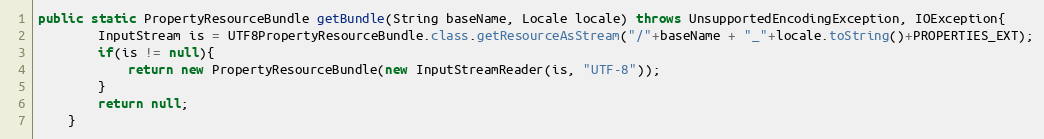
Language: Java
public static PropertyResourceBundle getBundle(String baseName, Locale locale) throws UnsupportedEncodingException, IOException{
		InputStream is = UTF8PropertyResourceBundle.class.getResourceAsStream("/"+baseName + "_"+locale.toString()+PROPERTIES_EXT);
		if(is != null){
			return new PropertyResourceBundle(new InputStreamReader(is, "UTF-8"));
		}
		return null;
	}